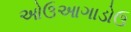
ઓઉઆગાડોઉ